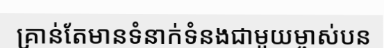
គ្រាន់តែមានទំនាក់ទំនងជាមួយម្ចាស់បន